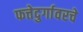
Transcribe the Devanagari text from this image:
फत्तेदुर्गावरचे